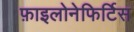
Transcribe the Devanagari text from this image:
फ़ाइलोनेफिर्टिस